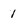
Character: 1